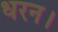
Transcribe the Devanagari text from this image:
धरन।